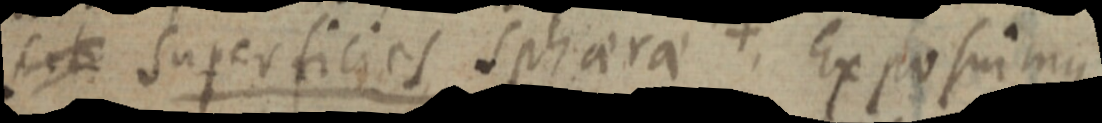
s et superficies sphaera. Ex posuimus